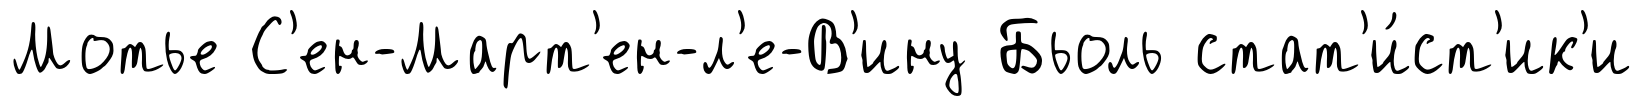
Мотье С'ен-Март'ен-л'е-В'ину Бьоль стат'и́ст'ик'и